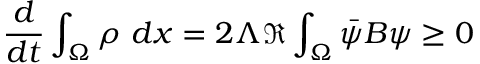
\frac { d } { d t } \int _ { \Omega } \rho \ d x = 2 \Lambda \Re \int _ { \Omega } \Bar { \psi } B \psi \ge 0